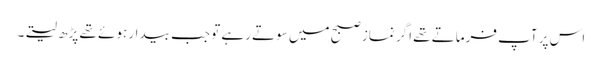
اس پر آپ فرماتے تھے اگر نماز صبح میں سوتے رہے تو جب بیدار ہوئے تھے پڑھ لیتے۔